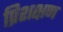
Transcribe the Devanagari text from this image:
प्रिशक्षण